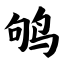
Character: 鸲